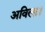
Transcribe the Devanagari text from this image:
अविला।